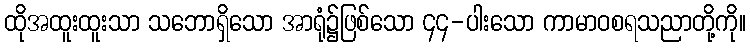
ထိုအထူးထူးသာ သဘောရှိသော အာရုံ၌ဖြစ်သော ၄၄-ပါးသော ကာမာဝစရသညာတို့ကို။